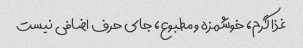
غذا گرم، خوشمزه و مطبوع، جای حرف اضافی نیست